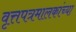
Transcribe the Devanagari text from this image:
वृत्तपत्रमालकांच्या